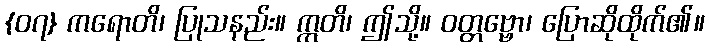
{၀၇} ကရောတိ၊ ပြုသနည်း။ ဣတိ၊ ဤသို့။ ဝတ္တဗ္ဗော၊ ပြောဆိုထိုက်၏။